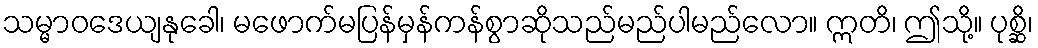
သမ္မာဝဒေယျနုခေါ၊ မဖောက်မပြန်မှန်ကန်စွာဆိုသည်မည်ပါမည်လော။ ဣတိ၊ ဤသို့။ ပုစ္ဆိ၊